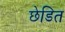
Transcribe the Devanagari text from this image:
छेडित